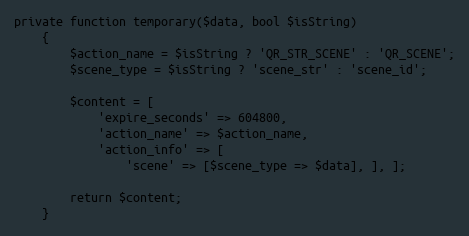
Language: PHP
private function temporary($data, bool $isString)
    {
        $action_name = $isString ? 'QR_STR_SCENE' : 'QR_SCENE';
        $scene_type = $isString ? 'scene_str' : 'scene_id';

        $content = [
            'expire_seconds' => 604800,
            'action_name' => $action_name,
            'action_info' => [
                'scene' => [$scene_type => $data], ], ];

        return $content;
    }